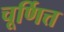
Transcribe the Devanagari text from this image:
चूर्णित्त